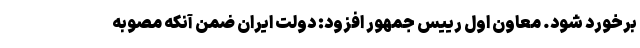
برخورد شود. معاون اول رییس جمهور افزود: دولت ایران ضمن آنکه مصوبه